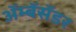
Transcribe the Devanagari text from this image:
ॲम्बॅसॅडर